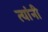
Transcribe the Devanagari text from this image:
त्‍यांंनी